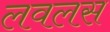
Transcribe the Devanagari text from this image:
लवलस